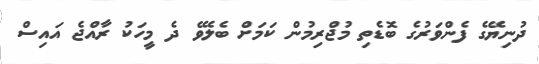
ދުނިޔޭގެ ފެންވަރުގެ ބޮޑެތި މުޖްރިމުން ކަމަށް ބެލެވޭ ދެ މީހަކު ރާއްޖެ އައިސް